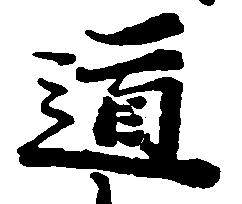
道